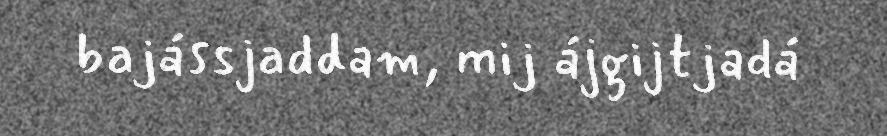
bajássjaddam, mij ájgijtjadá